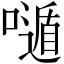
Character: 𡀷